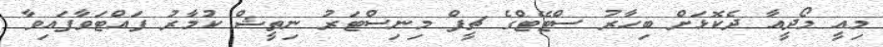
މިއީ މޯދީއާ ދެކޮޅަށް ބިހާރު ސްޓޭޓްގެ ޗީފް މިނިސްޓަރު ނިތީޝް ކުމާރު ފައްޓަވާފައިވާ